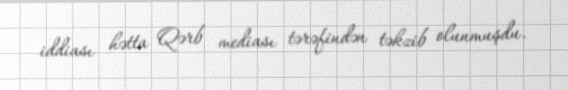
iddiası hətta Qərb mediası tərəfindən təkzib olunmuşdu.